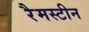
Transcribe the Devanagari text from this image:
रैमस्टीन